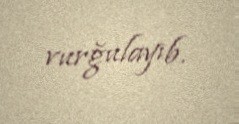
vurğulayıb.